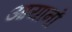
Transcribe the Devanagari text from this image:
आयानों